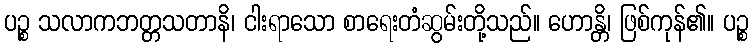
ပဉ္စ သလာကဘတ္တသတာနိ၊ ငါးရာသော စာရေးတံဆွမ်းတို့သည်။ ဟောန္တိ၊ ဖြစ်ကုန်၏။ ပဉ္စ